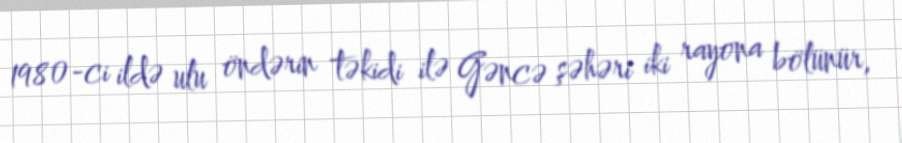
1980-ci ildə ulu öndərin təkidi ilə Gəncə şəhəri iki rayona bölünür,